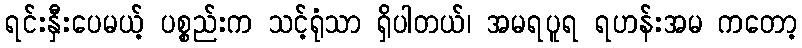
ရင်းနှီးပေမယ့် ပစ္စည်းက သင့်ရုံသာ ရှိပါတယ်၊ အမရပူရ ရဟန်းအမ ကတော့